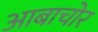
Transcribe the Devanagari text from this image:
आबाचोर